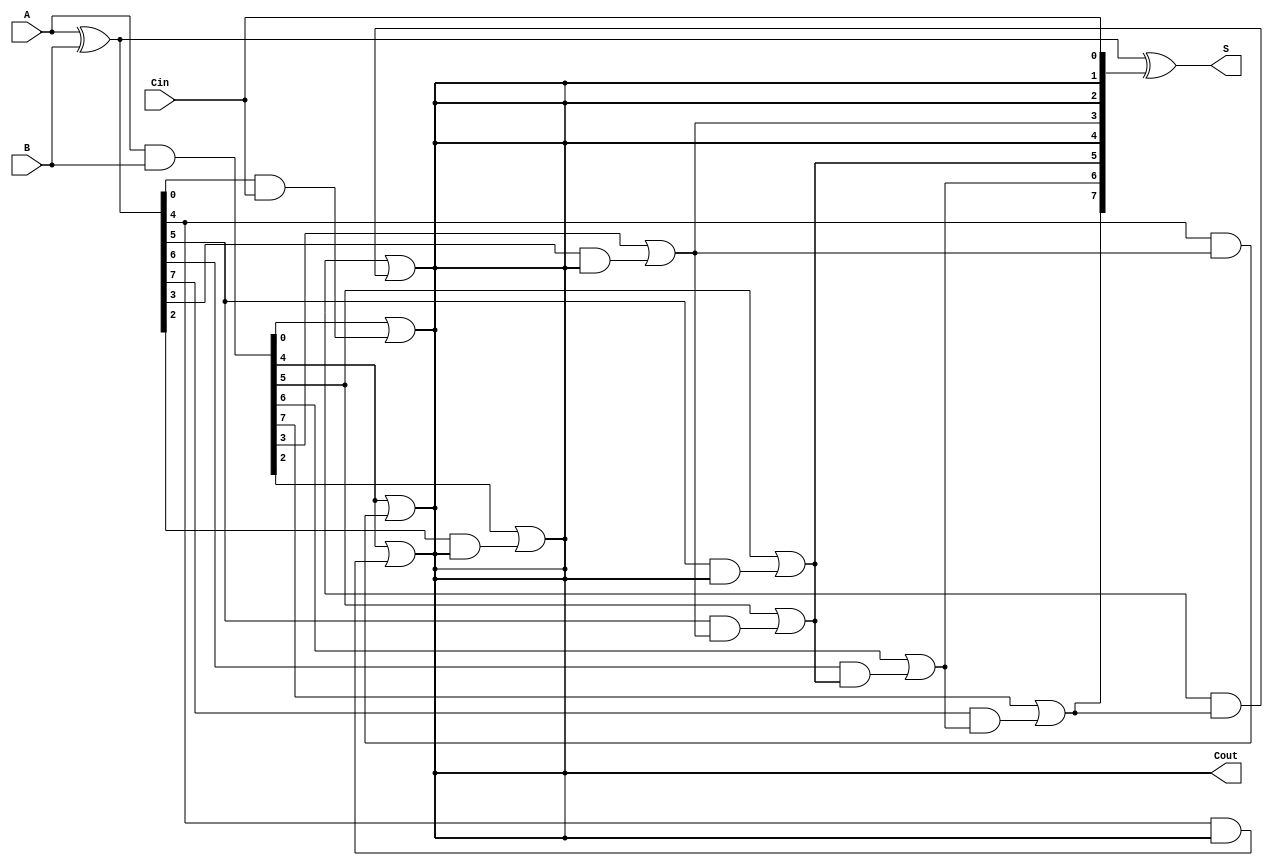
module brent_kung_adder #(
    parameter N = 8  // Width of the adder (can be adjusted)
)(
    input  [N-1:0] A,     // First binary number
    input  [N-1:0] B,     // Second binary number
    input        Cin,      // Carry-in
    output [N-1:0] S,     // Sum
    output       Cout      // Carry-out
);

// Intermediate signals
wire [N-1:0] G; // Generate
wire [N-1:0] P; // Propagate
wire [N:0] C;   // Carry signals

// Generate and propagate signals
assign G = A & B;        // Generate
assign P = A ^ B;        // Propagate

// Carry signals
assign C[0] = Cin;  // Initialize C[0] with carry-in

// Carry generation
genvar i, j;
generate
    // Calculate carry bits using levels
    for (i = 1; i <= N; i = i * 2) begin : carry_level
        for (j = 0; j < N/i; j = j + 1) begin : carry_gen
            if (j == 0) begin
                assign C[j+i] = G[j] | (P[j] & C[j]);
            end else begin
                assign C[j+i] = G[j+i] | (P[j+i] & C[j]);
            end
        end
    end
endgenerate

// Sum generation
assign S = P ^ C[N-1:0]; // Sum bits

// Carry-out is the last carry bit
assign Cout = C[N];

endmodule